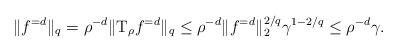
LaTeX: \begin{align*} \|f^{= d}\|_q = \rho^{-d}\|\mathrm{T}_{\rho} f^{=d}\|_q \le \rho^{-d}\|f^{=d}\|_2^{2/q}\gamma^{1-2/q} \le \rho^{-d}\gamma. \end{align*}